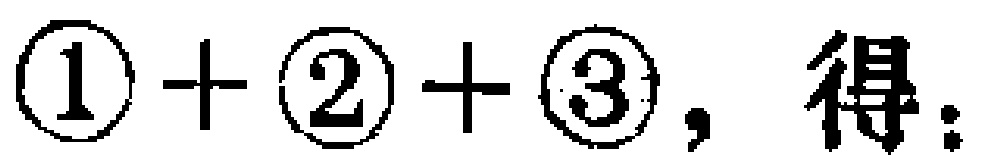
$\textcircled{1}+\textcircled{2}+\textcircled{3},\ 得：$